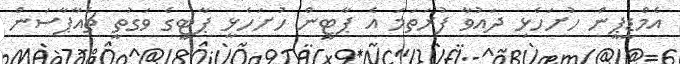
އެމްޑީޕީން ހުށަހެޅި ދައުވާ ފުރަތަމަ އެ ޕާޓީން ހުށަހެޅީ ޕާޓީގެ ވަގުތީ ޗެއާޕާސަން